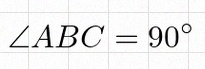
\angle ABC=90^\circ